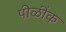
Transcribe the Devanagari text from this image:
पीळींक